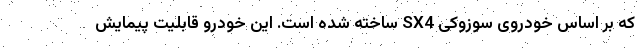
که بر اساس خودروی سوزوکی SX4 ساخته شده است. این خودرو قابلیت پیمایش